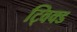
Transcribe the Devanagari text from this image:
ट्विक्ड